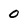
Character: o